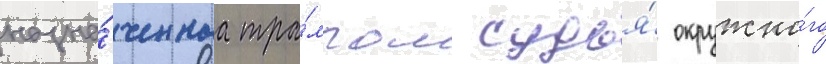
назна́ченнаа тра́мпом судья́ окружно́го